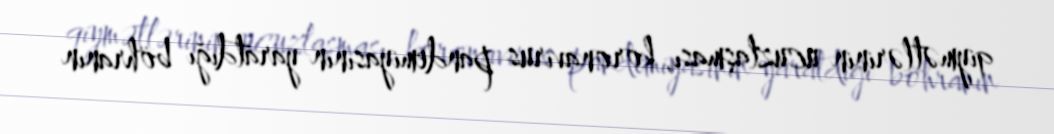
qiymətlərinin ucuzlaşması, koronavirus pandemiyasının yaratdığı böhranın